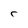
Character: r